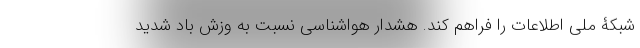
شبکۀ ملی اطلاعات را فراهم کند. هشدار هواشناسی نسبت به وزش باد شدید